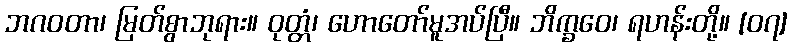
ဘဂဝတာ၊ မြတ်စွာဘုရား။ ဝုတ္တံ၊ ဟောတော်မူအပ်ပြီ။ ဘိက္ခဝေ၊ ရဟန်းတို့။ [၀၇]